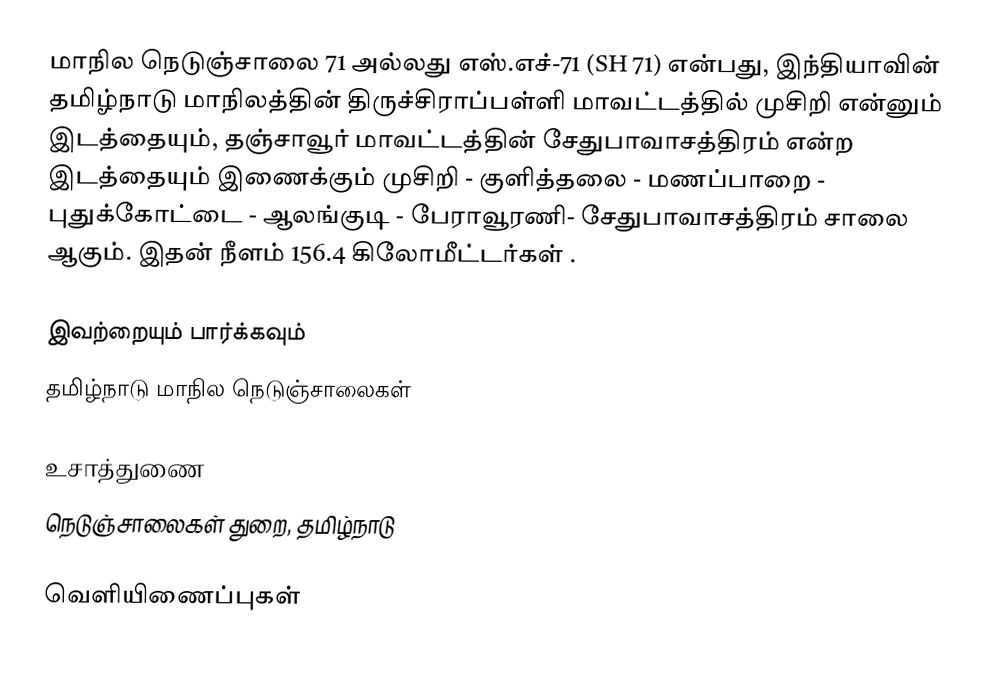
மாநில நெடுஞ்சாலை 71 அல்லது எஸ்.எச்-71 (SH 71) என்பது, இந்தியாவின் தமிழ்நாடு மாநிலத்தின் திருச்சிராப்பள்ளி மாவட்டத்தில் முசிறி என்னும் இடத்தையும், தஞ்சாவூர் மாவட்டத்தின் சேதுபாவாசத்திரம் என்ற இடத்தையும் இணைக்கும் முசிறி - குளித்தலை - மணப்பாறை - புதுக்கோட்டை - ஆலங்குடி - பேராவூரணி- சேதுபாவாசத்திரம் சாலை ஆகும். இதன் நீளம் 156.4  கிலோமீட்டர்கள் .

இவற்றையும் பார்க்கவும்
 தமிழ்நாடு மாநில நெடுஞ்சாலைகள்

உசாத்துணை
 நெடுஞ்சாலைகள் துறை, தமிழ்நாடு

வெளியிணைப்புகள்